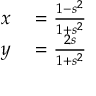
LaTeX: \begin{array} { r l } { x } & { { } = { \frac { 1 - s ^ { 2 } } { 1 + s ^ { 2 } } } } \\ { y } & { { } = { \frac { 2 s } { 1 + s ^ { 2 } } } } \end{array}